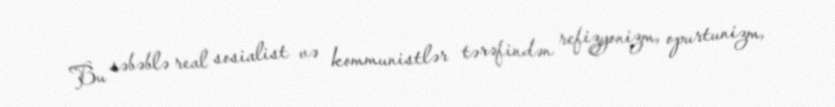
Bu səbəblə real sosialist və kommunistlər tərəfindən refizyonizm, opurtunizm,